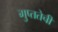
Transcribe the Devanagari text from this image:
गुप्ततेची